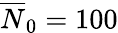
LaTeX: \overline{{N}}_{0}=100